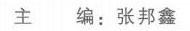
主 编：张邦鑫